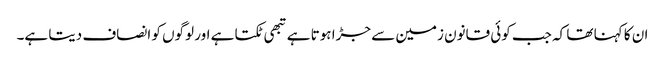
ان کا کہنا تھا کہ جب کوئی قانون زمین سے جڑا ہوتا ہے تبھی ٹکتا ہے اور لوگوں کو انصاف دیتا ہے۔